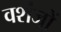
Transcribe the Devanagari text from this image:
वशंजों